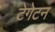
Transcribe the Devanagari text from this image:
टेगेटन